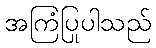
အကြံပြုပါသည်